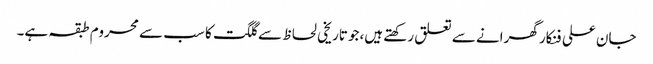
جان علی فنکار گھرانے سے تعلق رکھتے ہیں،جو تاریخی لحاظ سے گلگت کا سب سے محروم طبقہ ہے۔